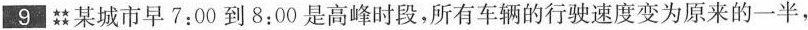
9★★★★某城市早7:00到8:00是高峰时段，所有车辆的行驶速度变为原来的一半，